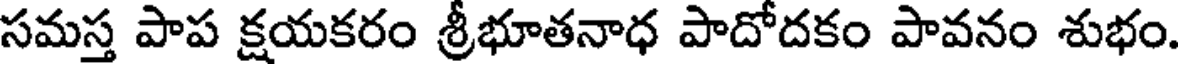
సమస్త పాప క్షయకరం శ్రీభూతనాధ పాదోదకం పావనం శుభం